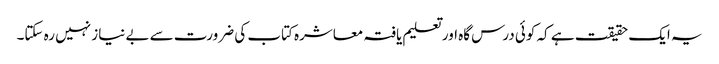
یہ ایک حقیقت ہے کہ کوئی درس گاہ اور تعلیم یافتہ معاشرہ کتاب کی ضرورت سے بے نیاز نہیں رہ سکتا۔